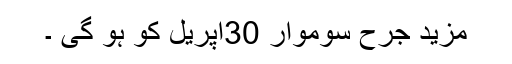
مزید جرح سوموار 30اپریل کو ہو گی ۔